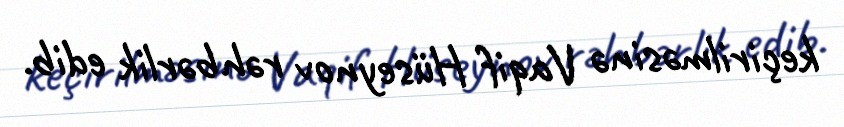
keçirilməsinə Vaqif Hüseynov rəhbərlik edib.